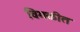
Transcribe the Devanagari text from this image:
विगळीत